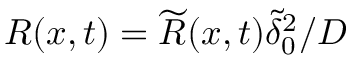
R ( x , t ) = \widetilde { R } ( x , t ) \widetilde { \delta } _ { 0 } ^ { 2 } / D